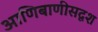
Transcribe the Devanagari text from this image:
आणिबाणीसदृश